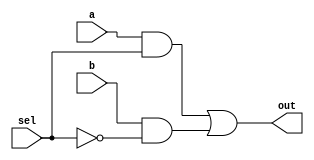
(* dont_touch = "true" *)
module mux2x1(
    input  wire a,
    input  wire b,
    input  wire sel,
    output wire out
);

// assign out = sel ? b : a;

wire sn, sa, sb;

not n1(sn, sel);
and a1(sa, a, sel);
and a2(sb, b, sn);
or o1(out, sa, sb);

endmodule